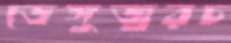
ডেঙ্গুজ্বরচ